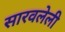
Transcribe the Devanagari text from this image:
सारवलेली